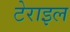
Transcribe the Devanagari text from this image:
टेराइल